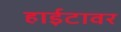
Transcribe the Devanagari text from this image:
हाईटावर